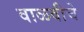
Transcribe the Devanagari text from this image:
वाळवीचे